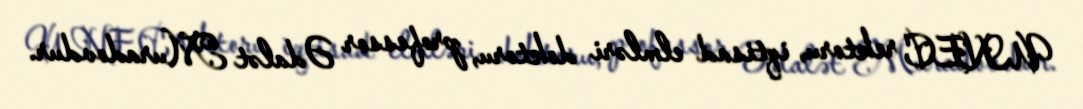
UNEC rektoru, iqtisad elmləri doktoru, professor Ədalət Muradovdur.